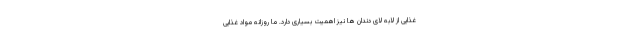
غذایی از لابه لای دندان ها نیز اهمیت بسیاری دارد. ما روزانه مواد غذایی